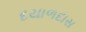
દયાળદાસ